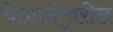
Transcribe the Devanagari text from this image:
चेतातंतूंवरील